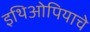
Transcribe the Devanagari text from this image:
इथिओपियाचे